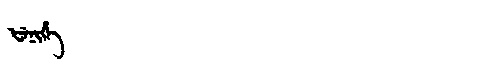
Manchu: ᡶᡝᠨᡳᡥᡝ
Romanization: FENIHE